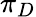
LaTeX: \pi_{D}